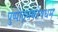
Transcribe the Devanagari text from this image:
पुष्पोद्गमकोषधम्